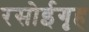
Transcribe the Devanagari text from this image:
रसोईगृह